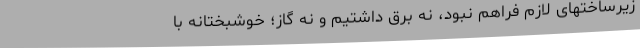
زیرساختهای لازم فراهم نبود، نه برق داشتیم و نه گاز؛ خوشبختانه با